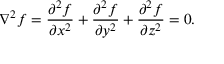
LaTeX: \nabla ^ { 2 } f = { \frac { \partial ^ { 2 } f } { \partial x ^ { 2 } } } + { \frac { \partial ^ { 2 } f } { \partial y ^ { 2 } } } + { \frac { \partial ^ { 2 } f } { \partial z ^ { 2 } } } = 0 .